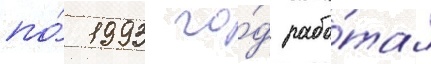
по́ 1993 го́д рабо́тал